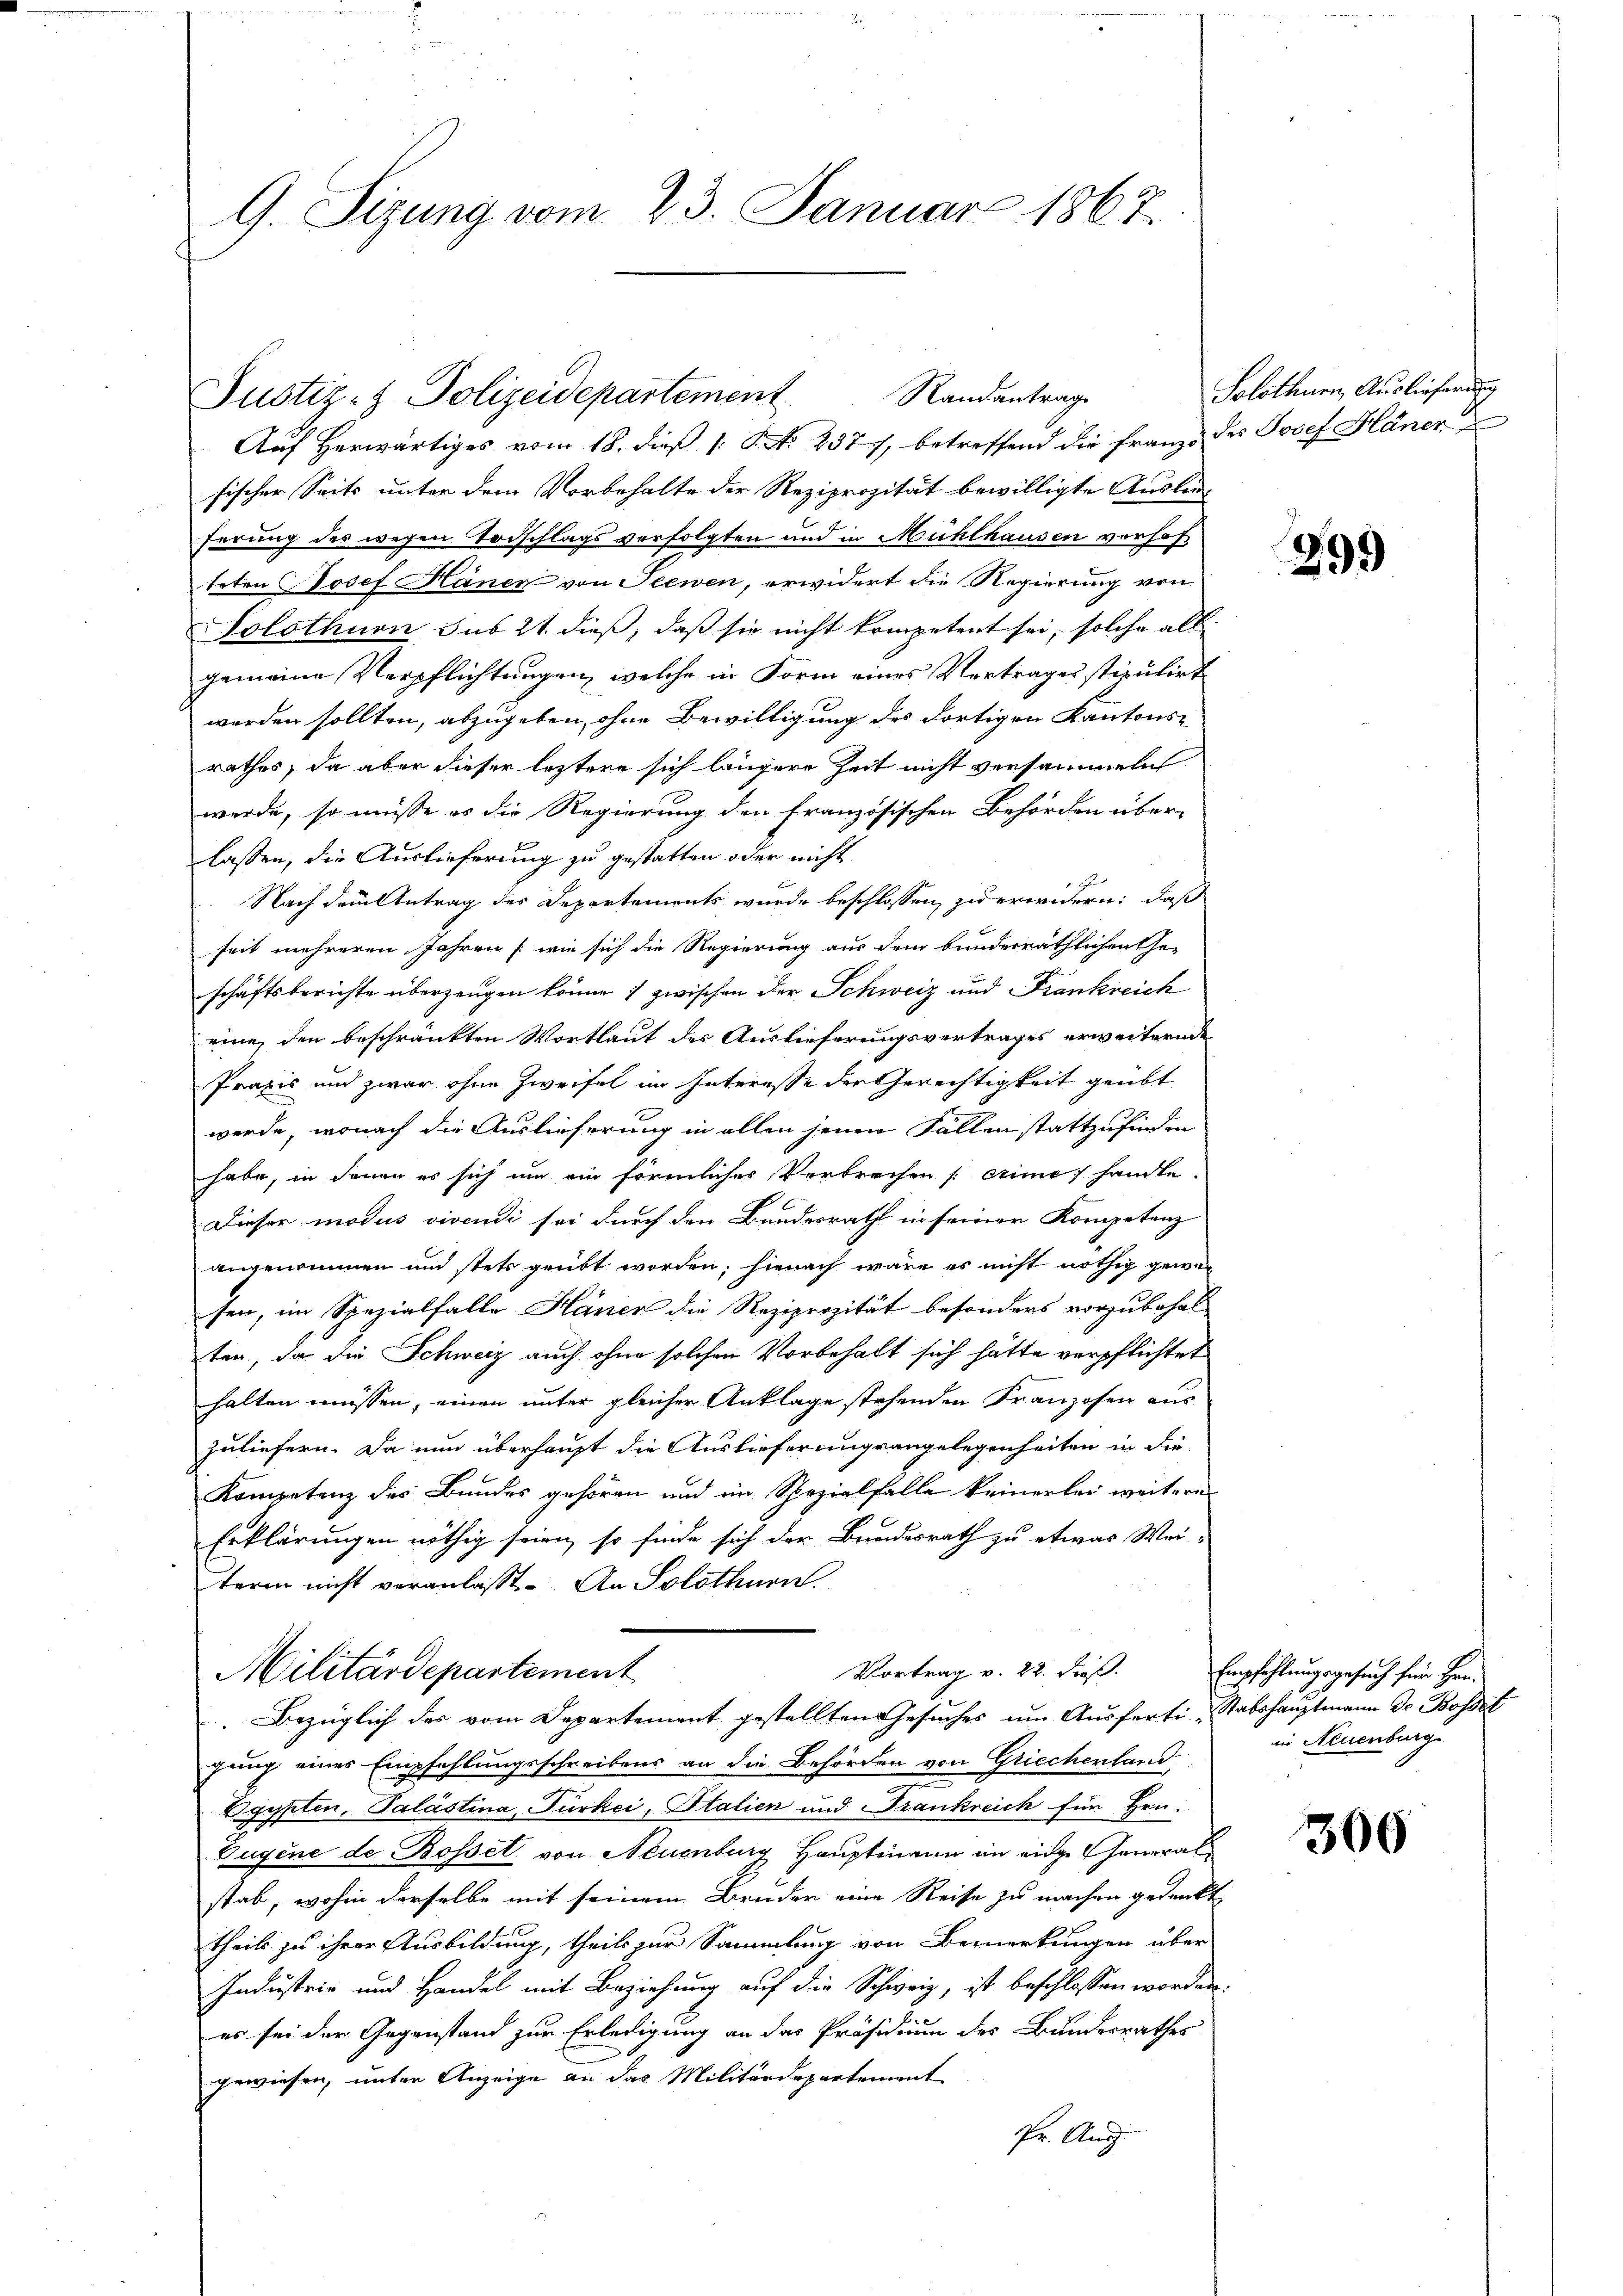
G. Sizung vom 23. Januar 1867.

Justiz- & Polizeidepartement

Auf Herwärtiges vom 18. dieß [ P. No. 2377, betreffend die Franz des Josef Häner
fischer Seits unter dem Vorbehalte der Reziprozität bewilligte Auslien-
ferung des wegen Todschlags verfolgten und in Mühlhausen vorhof
teten Josef Häner von Seewen, erwidert die Regierung von
Solothurn sus 21 dieß, daß sie nicht kompetent sei, solche all
gemeine Verpflichtungen, welche in Form eines Vertrages stipulirt
werden sollten, abzugeben, ohne Bewilligung des dortigen Kantonsrathes, da aber dieser leztere sich längere Zeit nicht versammeln
werde, so müsse es die Regierung den französischen Behörden über-
lassen, die Auslieferung zu gestatten oder nicht
A
Nach dem Antrag des Departements wurde beschlossen, zu erwidern: daß
seit mehreren Jahren (wie sich die Regierung aus dem bunderräthlichen Ehe-
schäftsberichte überzeugen könne; zwischen der Schweiz und Frankreich
eine, den beschränkten Wortlaut des Auslieferungsvertrages erweiterne
Praxis und zwar ohne Zweifel im Interesse der Gerechtigkeit geübt
werde, wonach die Auslieferung in allen jenen Fällen stattzufinden
habe, in denen es sich um ein förmlicher Verbrechen eine handte
Dieser modus vivendi sei durch den Bundesrath in seiner Kompetenz
angenommen und stets geübt worden; hienach wäre es nicht nöthig gewesen, im Spezialfalle Häner die Reziprozität besonders vorzubehal-
ten, da die Schweiz auch ohne solchen Vorbehalt sich hätte verpflichtet
halten müssen, einen unter gleicher Anklage stehenden Franzosen aus
zuliefern. Da nun überhaupt die Auslieferungsangelegenheiten in die
Kompetenz des Bundes gehören und im Spezialfalle keinerlei weiteres
Erklärungen nöthig seien, so finde sich der Bundesrath zu etwas Wei-
term nicht veranlaßt. An Solothurn.
Vortrag v. 22. Freß.
Militärdepartement
Bezüglich des vom Departement gestellten Gesuches um Ausferti-Stabshauptmann Dr. Bosset
gung eines Empfehlungsschreibens an die Behörden von Griechenland
n
Egypten, Palästina Türkei, Italien und Frankreich für Hrn.
Zugine de Bossel von Neuenburg Hauptmann in eine General
stab, wohin derselbe mit seinem Bruder eine Reise zu machen gedenkt
theils zu ihrer Ausbildung, theils zur Sammlung von Bemerkungen über
Industrie und Handel mit Beziehung auf die Schweiz, ist beschlossen worden.
es sei der Gegenstand zur Erledigung an das Präsidium des Bundesrathes
gewiesen, unter Anzeige an das Militärdepartement
Pr. Aug.

Randantrag

Solothurn, Auslieferung

299

Empfehlungsgesuch für Hrn.
in Neuenburg

306